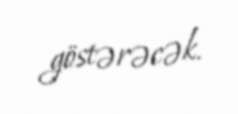
göstərəcək.